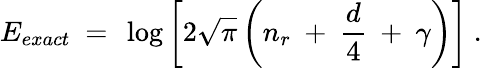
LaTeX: E_{exact}\ =\ \log\left[2\sqrt{\pi}\left(n_{r}\ +\ \frac{d}{4}\ +\ \gamma\right)\right]\ .